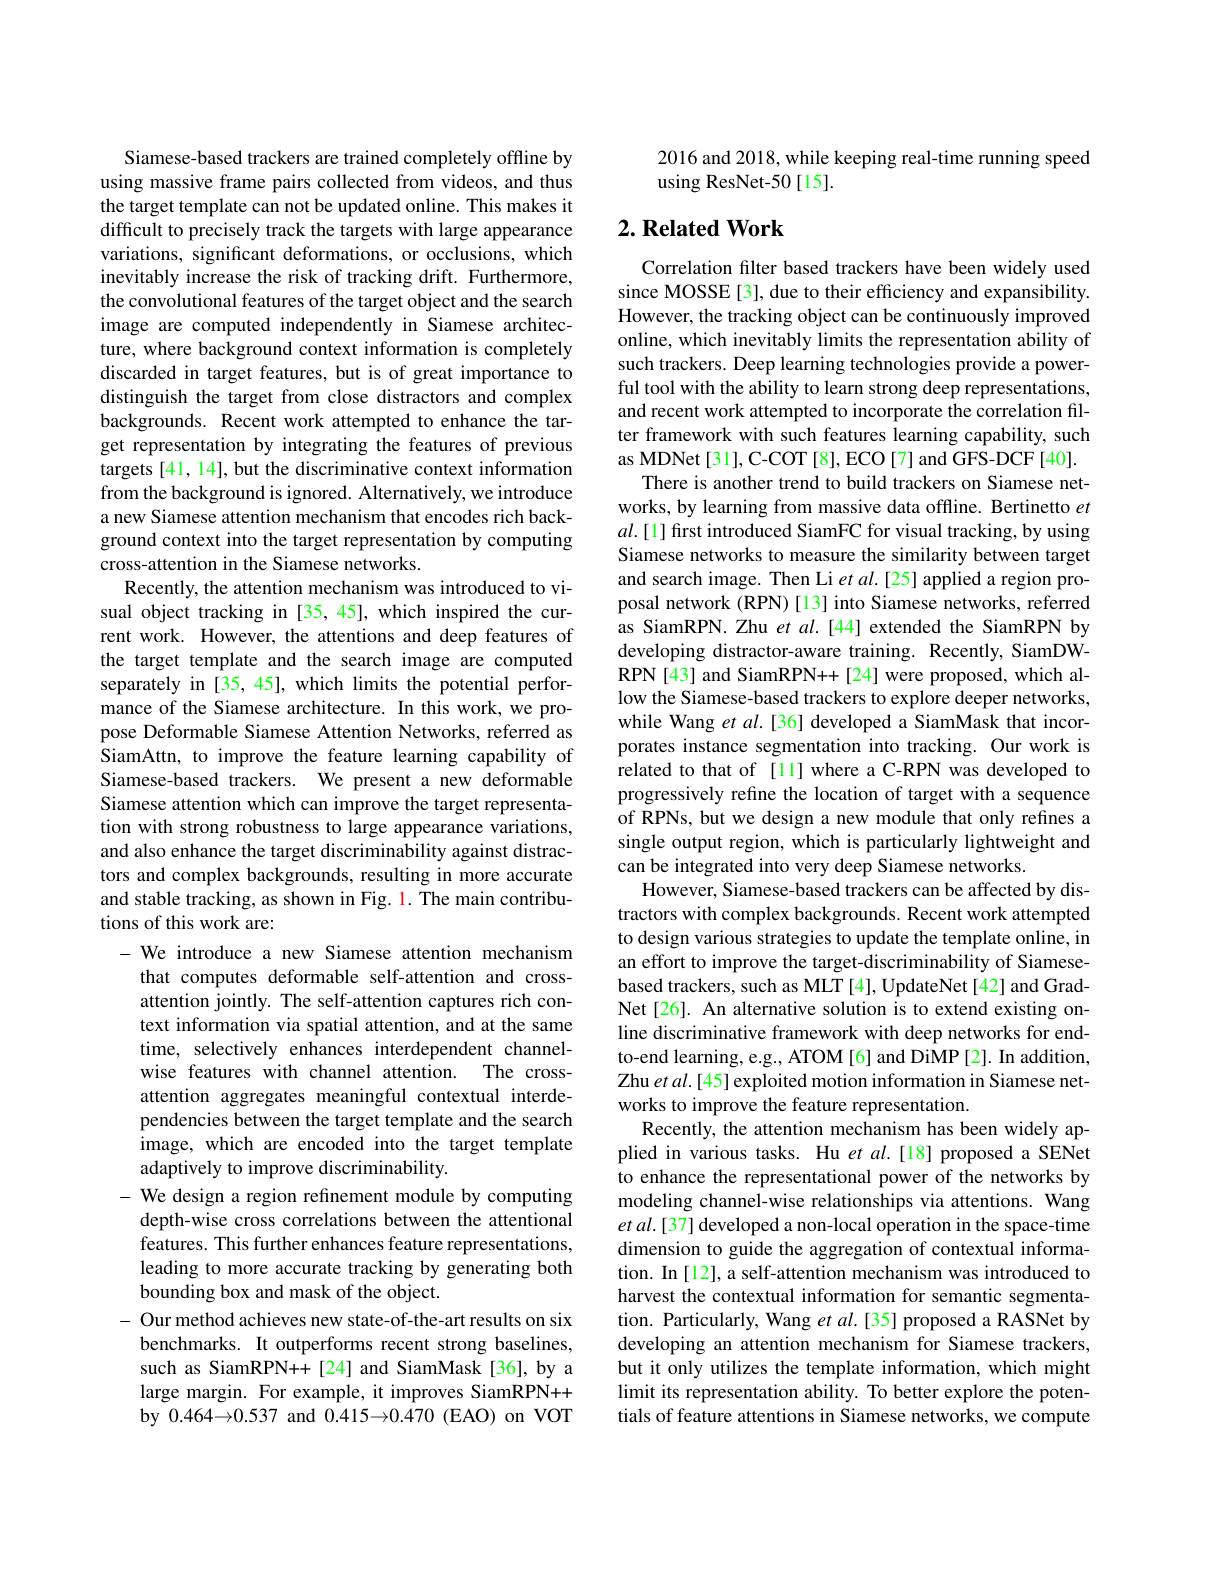
Siamese-based trackers are trained completely offline by using massive frame pairs collected from videos, and thus the target template can not be updated online. This makes it difficult to precisely track the targets with large appearance variations, significant deformations, or occlusions, which inevitably increase the risk of tracking drift. Furthermore, the convolutional features of the target object and the search image are computed independently in Siamese architecture, where background context information is completely discarded in target features, but is of great importance to distinguish the target from close distractors and complex backgrounds. Recent work attempted to enhance the target representation by integrating the features of previous targets [41, 14], but the discriminative context information from the background is ignored. Alternatively, we introduce a new Siamese attention mechanism that encodes rich background context into the target representation by computing cross-attention in the Siamese networks.
Recently, the attention mechanism was introduced to visual object tracking in [35,45], which inspired the current work. However, the attentions and deep features of the target template and the search image are computed separately in[35,45],which limits the potential performance of the Siamese architecture. In this work, we propose Deformable Siamese Attention Networks, referred as SiamAttn, to improve the feature learning capability of Siamese-based trackers. We present a new deformable Siamese attention which can improve the target representation with strong robustness to large appearance variations, and also enhance the target discriminability against distractors and complex backgrounds, resulting in more accurate and stable tracking, as shown in Fig. 1. The main contributions of this work are:
- We introduce a new Siamese attention mechanism
that computes deformable self-attention and crossattention jointly. The self-attention captures rich context information via spatial attention, and at the same time, selectively enhances interdependent channelwise features with channel attention. The crossattention aggregates meaningful contextual interdependencies between the target template and the search image, which are encoded into the target template adaptively to improve discriminability.
- We design a region refinement module by computing
depth-wise cross correlations between the attentional features. This further enhances feature representations, leading to more accurate tracking by generating both bounding box and mask of the object.
- Our method achieves new state-of-the-art results on six
benchmarks. It outperforms recent strong baselines, such as SiamRPN++[24] and SiamMask[36],by a large margin. For example, it improves SiamRPN++ by $0.464\to0.537$ and $0.415\to0.470$ (EAO) on VOT

2016 and 2018, while keeping real-time running speed
using ResNet-50[15].

## $2. \textbf{ Related Work}$

Correlation filter based trackers have been widely used since MOSSE[3], due to their efficiency and expansibility. However, the tracking object can be continuously improved online, which inevitably limits the representation ability of such trackers. Deep learning technologies provide a powerful tool with the ability to learn strong deep representations, and recent work attempted to incorporate the correlation filter framework with such features learning capability, such as MDNet [31], C-COT [8], ECO[7] and GFS-DCF[40].
There is another trend to build trackers on Siamese networks, by learning from massive data offline. Bertinetto $et$ $al.[1]$ first introduced SiamFC for visual tracking, by using Siamese networks to measure the similarity between target and search image. Then Li $et$ al.[25] applied a region proposal network (RPN)[13] into Siamese networks, referred as SiamRPN. Zhu et al.[44] extended the SiamRPN by developing distractor-aware training. Recently, SiamDWRPN[43] and SiamRPN++[24] were proposed, which allow the Siamese-based trackers to explore deeper networks, while Wang $et$ al.[36] developed a SiamMask that incorporates instance segmentation into tracking. Our work is related to that of [11] where a C-RPN was developed to progressively refine the location of target with a sequence of RPNs, but we design a new module that only refines a single output region, which is particularly lightweight and can be integrated into very deep Siamese networks.
However, Siamese-based trackers can be affected by distractors with complex backgrounds. Recent work attempted to design various strategies to update the template online, in an effort to improve the target-discriminability of Siamesebased trackers, such as MLT [4], UpdateNet [42] and GradNet[26]. An alternative solution is to extend existing online discriminative framework with deep networks for endto-end learning, e.g., ATOM [6] and DiMP [2]. In addition, Zhu et al.[45] exploited motion information in Siamese networks to improve the feature representation.
Recently, the attention mechanism has been widely applied in various tasks. Hu $et$ al.[18] proposed a SENet to enhance the representational power of the networks by modeling channel-wise relationships via attentions. Wang et al.[37] developed a non-local operation in the space-time dimension to guide the aggregation of contextual information. In[12], a self-attention mechanism was introduced to harvest the contextual information for semantic segmentation. Particularly, Wang $et\textit{al. [ 35] proposed a RASNet by}$ developing an attention mechanism for Siamese trackers, but it only utilizes the template information, which might limit its representation ability. To better explore the potentials of feature attentions in Siamese networks, we compute